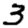
Digit: 3